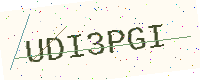
Text: UDI3PGI